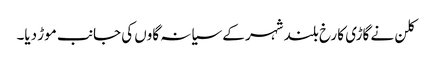
کلن نے گاڑی کا رخ بلند شہر کے سیانہ گاوں کی جانب موڑ دیا۔